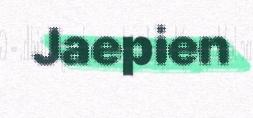
Jaepien